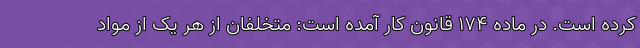
کرده است. در ماده ۱۷۴ قانون کار آمده است: متخلفان از هر یک از مواد